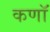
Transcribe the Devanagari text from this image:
कणॉ